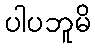
ပါပဘူမိ